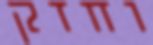
וחזק